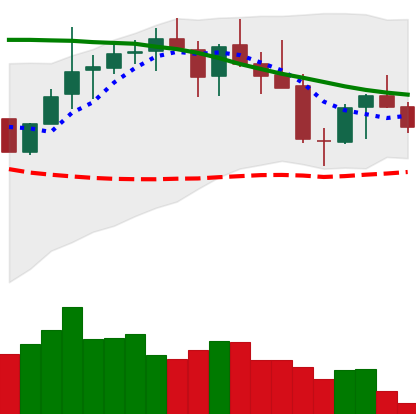
Ticker: LINK-USD
Chart end date: 2018-05-16
Forward return: -11.756%
Label: down_7plus